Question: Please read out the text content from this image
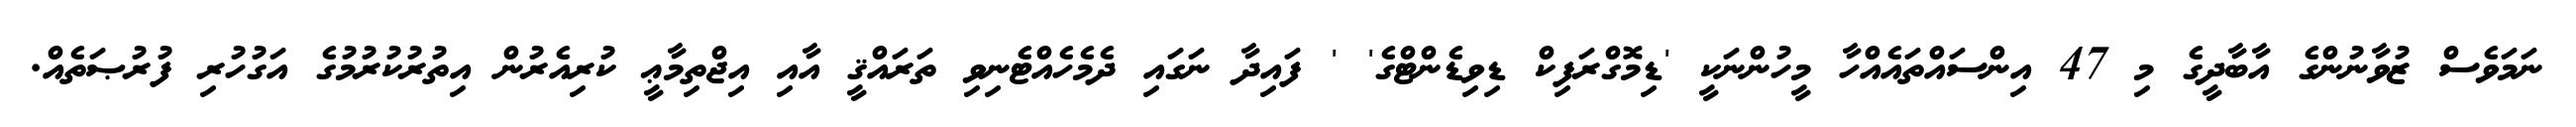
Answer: ނަމަވެސް ޒުވާނުންގެ އާބާދީގެ މި 47 އިންސައްތައެއްހާ މީހުންނަކީ 'ޑިމޮގްރަފިކް ޑިވިޑެންޓްގެ' ' ފައިދާ ނަގައި ދެމެހެއްޓެނިވި ތަރައްޤީ އާއި އިޖްތިމާޢީ ކުރިއެރުން އިތުރުކުރުމުގެ އަގުހުރި ފުރުޞަތެއް.